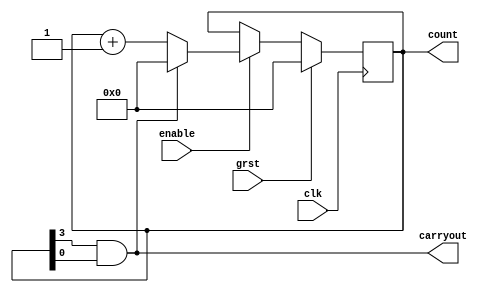
`timescale 1ns / 1ps
//////////////////////////////////////////////////////////////////////////////////
// Company: 
// Engineer: 
// 
// Design Name: 
// Module Name:    vCounter 
// Project Name: 
// Target Devices: 
// Tool versions: 
// Description: 
//
// Dependencies: 
//
// Revision: 
// Revision 0.01 - File Created
// Additional Comments: 
//
//////////////////////////////////////////////////////////////////////////////////
module vCounter(
	 input enable,
    input clk,
    output reg [3:0] count,
	 output carryout,
	 input grst
    );

	initial count = 3'b0;
	//wire rco;
	
	always@(posedge clk)
	begin
	if(grst)
		count <= 0;
	else if(enable)
		begin
			if(carryout)
				count <= 0;
			else
				count <= count+1;
		end
	else
		count <= count;		
	end
	assign carryout = count[3]&count[0]; //reset counter at 9
	
endmodule